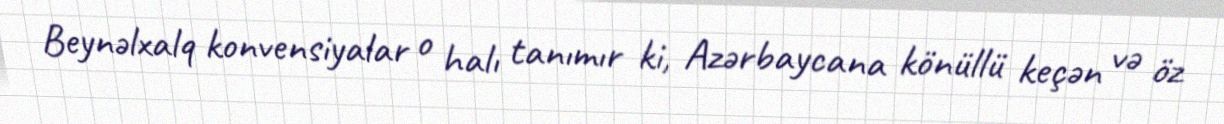
Beynəlxalq konvensiyalar o halı tanımır ki, Azərbaycana könüllü keçən və öz